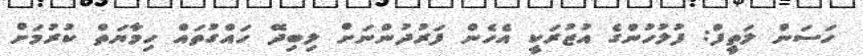
ހަސަން ލަތީފް: ފުލުހުންގެ އުޒުރަކީ އެހެން ފަރުދުންނަށް ލިބިދޭ ހައްގުތައް ހިމާޔަތް ކުރުމަށް